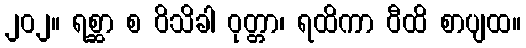
၂၀၂။ ရစ္ဆာ စ ဝိသိခါ ဝုတ္တာ၊ ရထိကာ ဝီထိ စာပျထ။